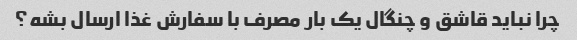
چرا نباید قاشق و چنگال یک بار مصرف با سفارش غذا ارسال بشه؟